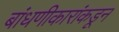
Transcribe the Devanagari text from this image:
बांधणीकारांकडून